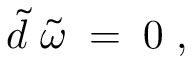
\widetilde { d } \; \widetilde { \omega } \; = \; 0 \; ,